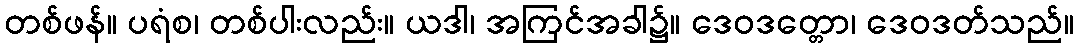
တစ်ဖန်။ ပရံစ၊ တစ်ပါးလည်း။ ယဒါ၊ အကြင်အခါ၌။ ဒေဝဒတ္တော၊ ဒေဝဒတ်သည်။